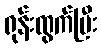
ရုန်းထွက်ပြီး